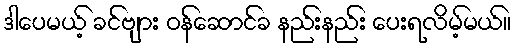
ဒါပေမယ့် ခင်ဗျား ဝန်ဆောင်ခ နည်းနည်း ပေးရလိမ့်မယ်။